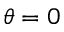
\theta = 0